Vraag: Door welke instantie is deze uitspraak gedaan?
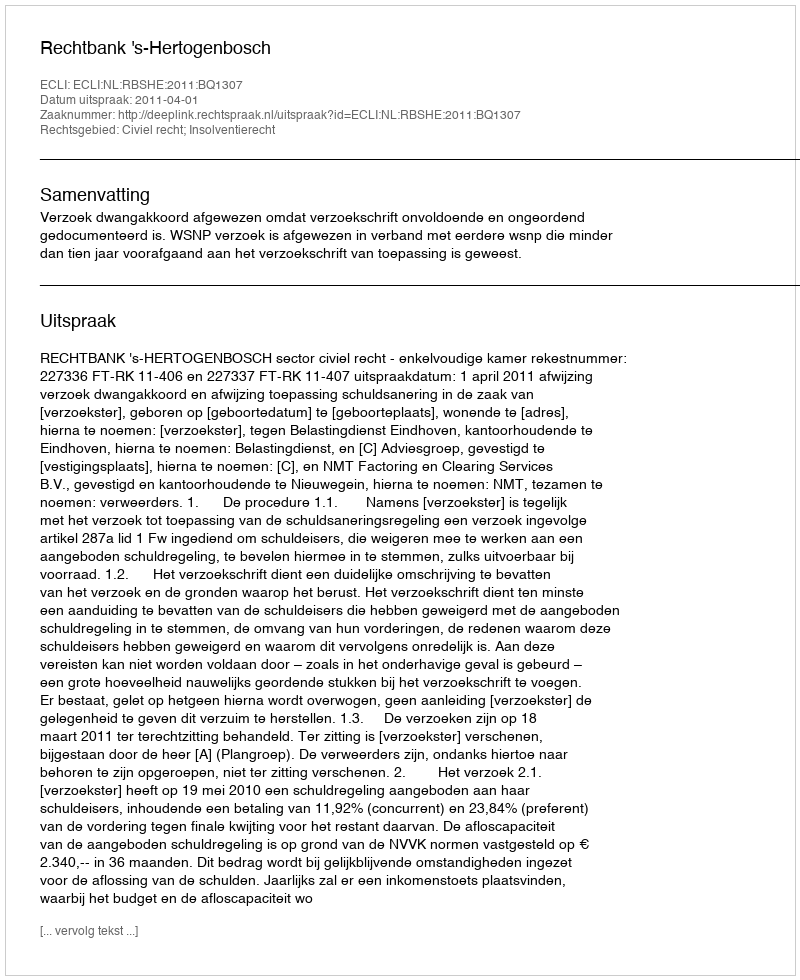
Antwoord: Rechtbank 's-Hertogenbosch